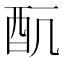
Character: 𲆥